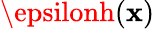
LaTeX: \epsilonh(\mathbf{x})